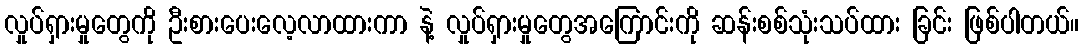
လှုပ်ရှားမှုတွေကို ဦးစားပေးလေ့လာထားကာ နဲ့ လှုပ်ရှားမှုတွေအကြောင်းကို ဆန်းစစ်သုံးသပ်ထား ခြင်း ဖြစ်ပါတယ်။